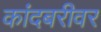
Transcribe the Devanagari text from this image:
कांदबरीवर